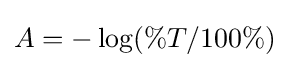
A=-\log(\%T/100\%)